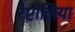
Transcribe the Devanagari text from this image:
रेप्टीलिया